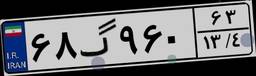
۶۸گ۹۶۰۶۳